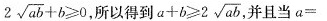
2 \sqrt { a b } +b ≥ 0$$，所以得到$$a + b ≥ 2 \sqrt { a }$$，并且当$$a =